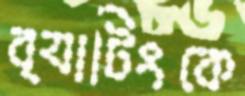
ব্যাটিংকে